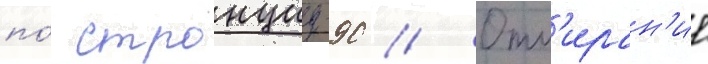
по́ стронциу-90 // Отм'иран'ие